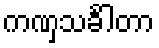
ကဏှသင်္ခါတာ